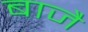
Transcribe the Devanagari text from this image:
बाजै